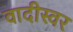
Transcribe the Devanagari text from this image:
वादीस्वर